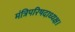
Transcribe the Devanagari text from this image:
मंत्रिपरिषदाध्यक्ष।